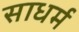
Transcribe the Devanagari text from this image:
साधर्म